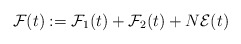
\begin{align*}\mathcal{F}(t) := \mathcal{F}_{1}(t) + \mathcal{F}_{2}(t) + N \mathcal{E}(t) \end{align*}